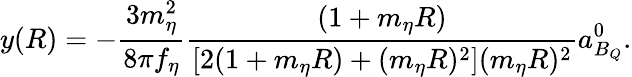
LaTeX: y(R)=-\frac{3m_{\eta}^{2}}{8\pi f_{\eta}}\frac{(1+m_{\eta}R)}{[2(1+m_{\eta}R)+(m_{\eta}R)^{2}](m_{\eta}R)^{2}}a_{B_{Q}}^{0}.